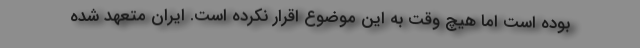
بوده است اما هیچ وقت به این موضوع اقرار نکرده است. ایران متعهد شده